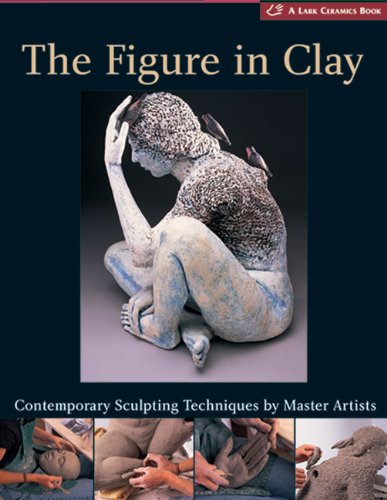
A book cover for The Figure in Clay: Contemporary Sculpting Tehniques by Master Artists (A Lark Ceramics Book); Lark Books; Arts & Photography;